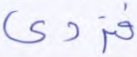
فتردى